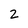
Character: 2